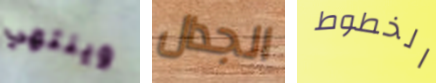
وينتهي الجدال الخطوط